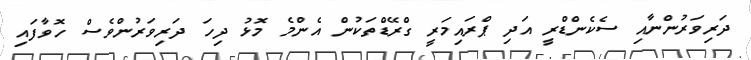
ދަރިވަރުންނާއި ސެކެންޑްރީ އަދި ޕްރައިމަރީ ގްރޭޑްތަކުން އެންމެ މޮޅު ދިހަ ދަރިވަރުންވެސް ހޮވާފައި